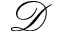
\mathcal { D }